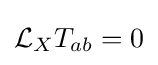
{\mathcal {L}}_{X}T_{ab}=0